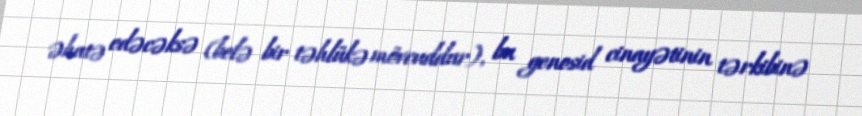
əhatə edəcəksə (belə bir təhlükə mövcuddur), bu genosid cinayətinin tərkibinə